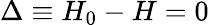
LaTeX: \Delta\equiv H_{0}-H=0